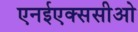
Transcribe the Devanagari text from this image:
एनईएक्ससीओ